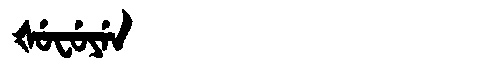
Manchu: ᡧᡠᠸᡠᠶᡝᠨ
Romanization: ŠUFUYEN